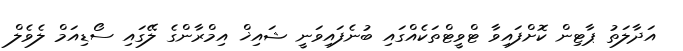
އަދާލަތު ޕާޓިން ކޮށްފައިވާ ޓްވީޓްތަކެއްގައި ބުނެފައިވަނީ ޝައިޚް އިމްރާންގެ ލޭގައި ސޯޑިއަމް ލެވެލް